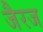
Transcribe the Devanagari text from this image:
जैरज